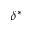
\delta ^ { * }